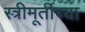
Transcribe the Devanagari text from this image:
स्त्रीमूर्तीच्या